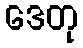
ဒေတု